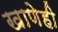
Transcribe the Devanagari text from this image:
खाणेही